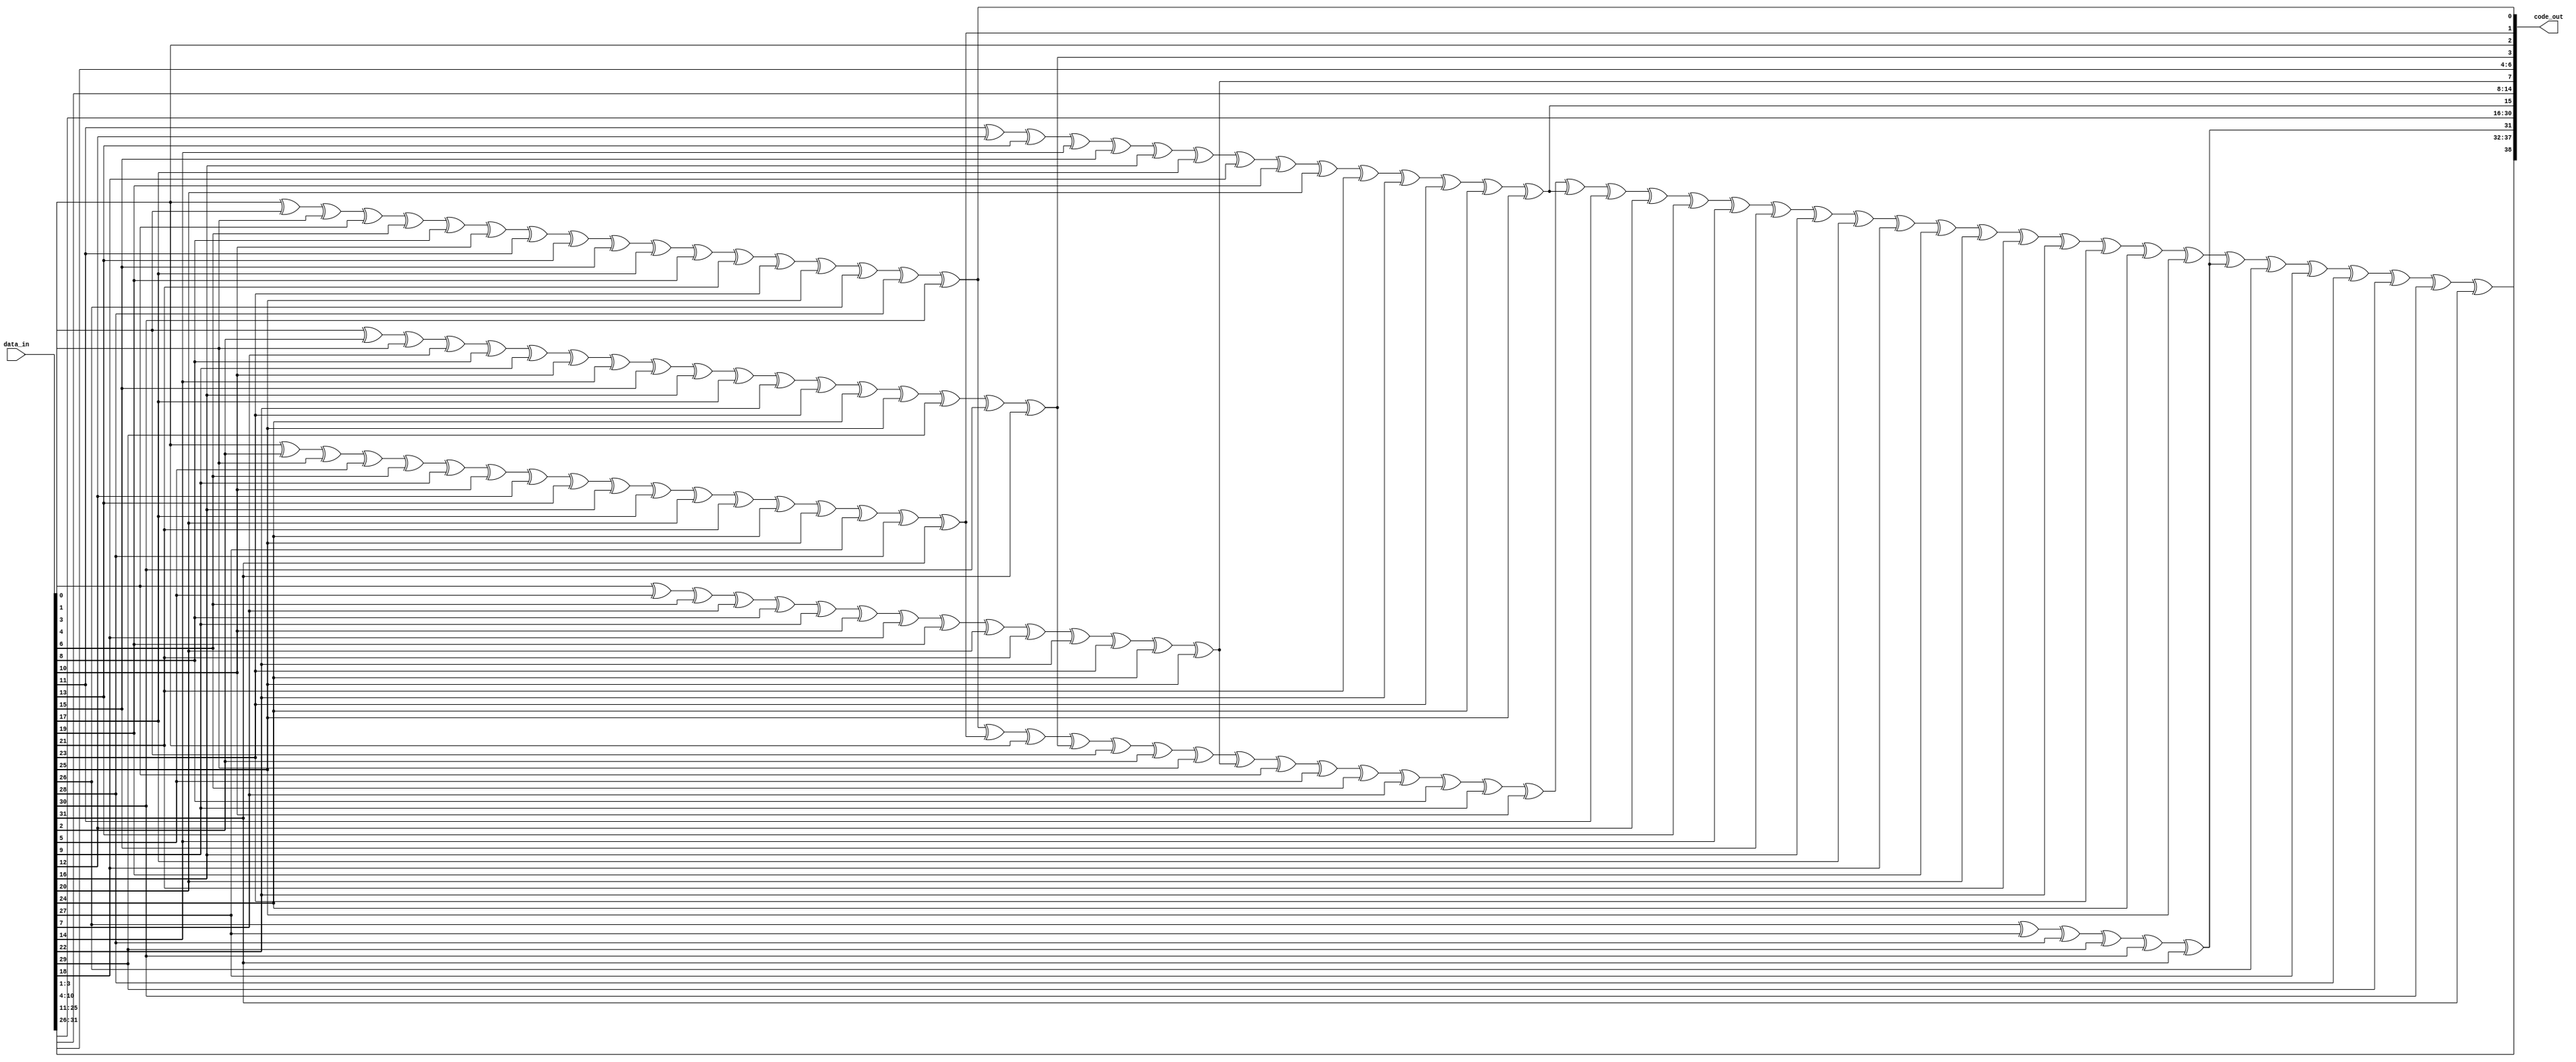
// This program was cloned from: https://github.com/colognechip/gatemate_ila
// License: GNU General Public License v3.0

// Company           :   racyics                      
//                    			
// Project Name      :   p_cc    
// Subproject Name   :   s_fpga    
// Description       :   ecc encoder for 34 bit data (40 bit code)            
//
// Last Change       :   $Date: 2015-05-13 15:02:01 +0200 (Wed, 13 May 2015) $
// by                :   $Author: pilz $                  			
//------------------------------------------------------------
`timescale 1 ns / 1 ps
module ecc_encode(data_in,
                  code_out);

parameter P_DATAWIDTH=32;
parameter P_CODEWIDTH=39;  //  CC changed 38 to 39
parameter P_PARITYWIDTH=7; //  CC changed 6 to 7


input   [P_DATAWIDTH-1:0] data_in;
output  [P_CODEWIDTH-1:0] code_out;

reg [P_CODEWIDTH-1:0] c;
 
integer i,n;

//computation of the Hamming-Code (39,32) with 7 parity bits SECDED
always @(*) begin
    n=0;
    for(i=1;i<P_CODEWIDTH;i=i+1) begin  //  CC changed i<=P_CODEWIDTH to i<P_CODEWIDTH
        if(i!=1 && i!=2 && i!=4 && i!=8 && i!=16 && i!=32) begin
            c[i-1]=data_in[n];
            n=n+1;
        end
        else begin
            c[i-1]=1'b0;
        end
    end 
          
    c[0]=c[2]^c[4]^c[6]^c[8]^c[10]^c[12]^c[14]^c[16]^c[18]^c[20]^c[22]^c[24]^c[26]^c[28]^c[30]^c[32]^c[34]^c[36];
    c[1]=c[2]^c[5]^c[6]^c[9]^c[10]^c[13]^c[14]^c[17]^c[18]^c[21]^c[22]^c[25]^c[26]^c[29]^c[30]^c[33]^c[34]^c[37];
    c[3]=c[4]^c[5]^c[6]^c[11]^c[12]^c[13]^c[14]^c[19]^c[20]^c[21]^c[22]^c[27]^c[28]^c[29]^c[30] ^c[35]^c[36]^c[37];
    c[7]=c[8]^c[9]^c[10]^c[11]^c[12]^c[13]^c[14] ^c[23]^c[24]^c[25]^c[26]^c[27]^c[28]^c[29]^c[30];
    c[15]=c[16]^c[17]^c[18]^c[19]^c[20]^c[21]^c[22]^c[23]^c[24]^c[25]^c[26]^c[27]^c[28]^c[29]^c[30];
    c[31]=c[32]^c[33]^c[34]^c[35]^c[36]^c[37];
            
    c[38]=1'b0; //  CC overall parity for double error detection 
	 
    for(i=1;i<P_CODEWIDTH;i=i+1) begin
        c[38]= c[38]^c[i-1];
    end
     
end //always

assign code_out=c;

endmodule